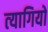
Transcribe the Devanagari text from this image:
त्‍यागियो